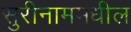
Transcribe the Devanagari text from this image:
सुरीनाममधील